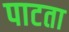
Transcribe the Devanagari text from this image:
पाटता